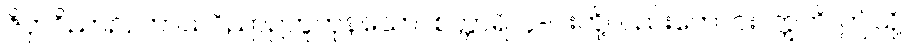
ဇိဝှာဝိညာဉ်, ကာယဝိညာဉ်ဟူကုန်သော။ စတ္တာရိ၊ ၄-ပါးတို့လည်းကောင်း။ ဣတိ၊ ဤသို့။